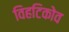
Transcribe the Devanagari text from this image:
विहटिकोव